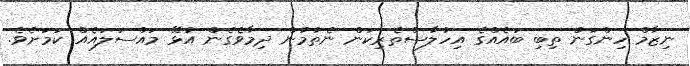
ނިޒާމް ހިންގަން ތިބި ބައެއްގެ އިހުލާސްތެރިކަން ނެތުމުން ދިމާވެގެން އުޅޭ މައްސަލައެއް ކަމަށެވެ.